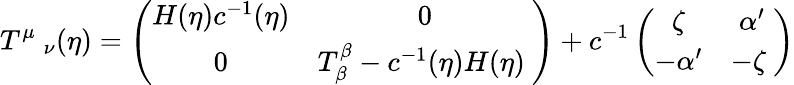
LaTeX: T^{\mu}\ _{\nu}(\eta)=\left(\begin{array}{cc}{{H(\eta)c^{-1}(\eta)}}&{{0}}\\ {{0}}&{{T_{\beta}^{\beta}-c^{-1}(\eta)H(\eta)\ }}\end{array}\right)+c^{-1}\left(\begin{array}{cc}{{\zeta}}&{{\alpha^{\prime}}}\\ {{-\alpha^{\prime}}}&{{-\zeta\ }}\end{array}\right)